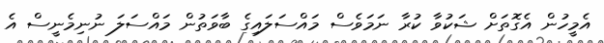
އެމީހުން އެގޮތަށް ޝަކުވާ ކުރާ ނަމަވެސް މައްސަލައިގެ ބާވަތުން މައްސަލަ ނުނިމެނީސް އެ